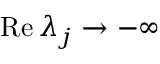
\mathrm { R e } \, \lambda _ { j } \to - \infty